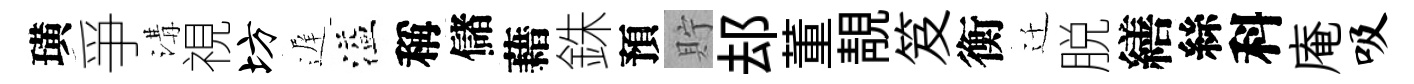
璜爭溝視坊遅溢稱儲藉銖預貯𨚫董靚笈衡迁脱繕絲科庵吸